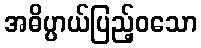
အဓိပ္ပာယ်ပြည့်ဝသော